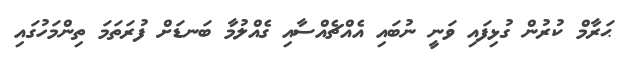
ޙަރާމް ކުރުން ގުޅިފައި ވަނީ ނުބައި އެއްޗެއްސާއި ގެއްލުމާ ބަނޑަށް ފުރަތަމަ ތިންމަހުގައި